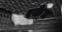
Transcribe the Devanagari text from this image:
रकेत